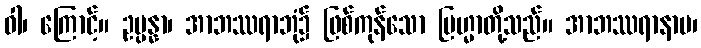
ဝါ၊ ကြောင့်။ ဥပ္ပန္နာ၊ အာဘဿရာဘုံ၌ ဖြစ်ကုန်သော ဗြဟ္မာတို့သည်။ အာဘဿရာနာမ၊